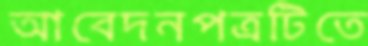
আবেদনপত্রটিতে